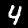
Label: 4